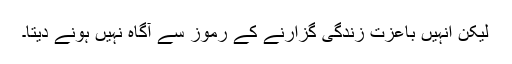
لیکن انہیں باعزّت زندگی گزارنے کے رموز سے آگاہ نہیں ہونے دیتا۔